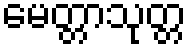
မေတ္တာသုတ္တ